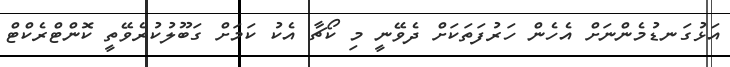
އަޅުގަނޑުމެންނަށް އެހެން ހަރުފަތަކަށް ދެވޭނީ މި ކޯޗާ އެކު ކަމަށް ގަބޫލުކުރެވޭތީ ކޮންޓްރެކްޓް